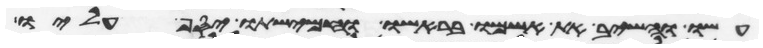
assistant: עשו והשיב את אשמו בראשו וחמישתו יסף עליו